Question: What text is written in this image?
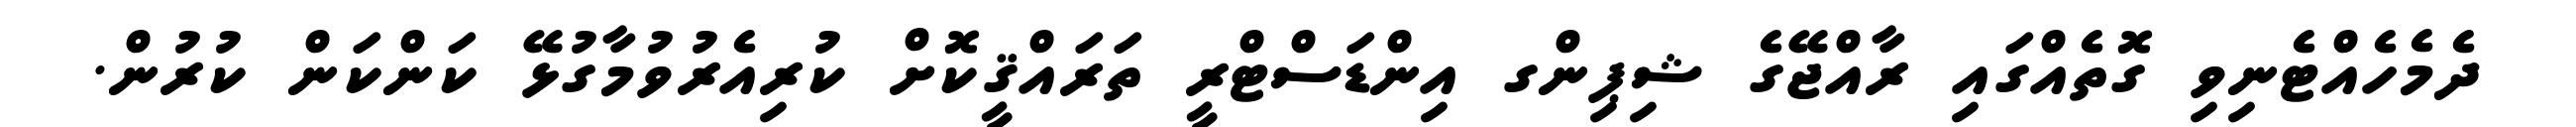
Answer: ދެމެހެއްޓެނިވި ގޮތެއްގައި ރާއްޖޭގެ ޝިޕިންގ އިންޑަސްޓްރީ ތަރައްޤީކޮށް ކުރިއެރުވުމާގުޅޭ ކަންކަން ކުރުން.